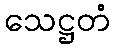
သေဋ္ဌတံ